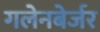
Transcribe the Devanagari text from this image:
गलेनबेर्जर